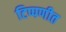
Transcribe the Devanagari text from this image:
टिप्पणीत